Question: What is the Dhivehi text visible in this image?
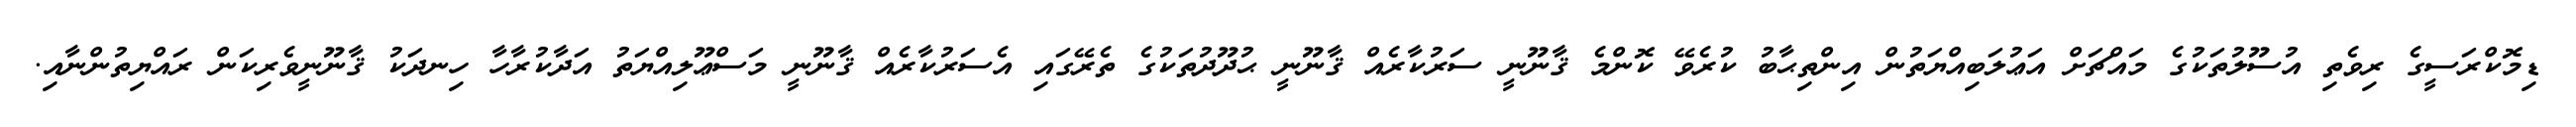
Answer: ޑިމޮކްރަސީގެ ރިވެތި އުސޫލުތަކުގެ މައްޗަށް އަޢުލަބިއްޔަތުން އިންތިޙާބު ކުރެވޭ ކޮންމެ ޤާނޫނީ ސަރުކާރެއް ޤާނޫނީ ޙުދޫދުތަކުގެ ތެރޭގައި އެސަރުކާރެއް ޤާނޫނީ މަސްޢޫލިއްޔަތު އަދާކުރާހާ ހިނދަކު ޤާނޫނީވެރިކަން ރައްޔިތުންނާއި.